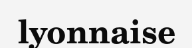
lyonnaise